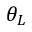
\theta _ { L }